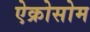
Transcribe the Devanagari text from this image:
ऐक्रोसोम